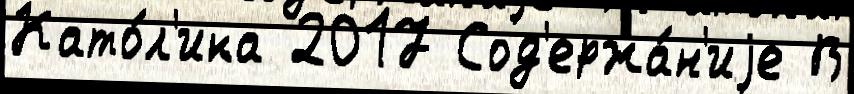
Като́л'ика 2017 Сод'ержа́н'иjе В